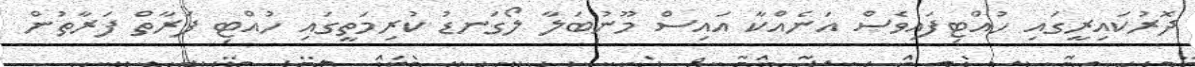
ދޮރުކައިރީގައި ހުއްޓިފައިވެސް އަނެއްކާ އައިސް މޫނުބަލާ ލޯގަނޑު ކުރިމަތީގައި ހުއްޓި ފަރާތް ފަރާތުން